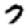
Digit: 7